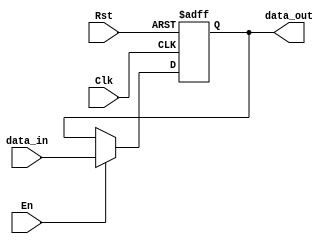
module REG(data_in, data_out, Clk, En, Rst);
    parameter DATA_WIDTH = 8;

    input       Clk, En, Rst;
    input       [DATA_WIDTH - 1:0] data_in;
    output reg  [DATA_WIDTH - 1:0] data_out;

    always @ (posedge Clk or negedge Rst) begin
        if (!Rst) data_out <= 0;
        else data_out <= (En) ? data_in : data_out;
    end
endmodule